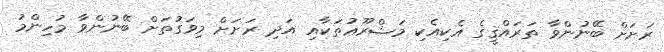
ރަށަށް ބޭނުންވާ ތަރައްޤީގެ އެކިއެކި މަޝްރޫޢުތަކާއި އަދި ރަށަށް މިވަގުތަށް ބޭނުންވާ މުހިންމު